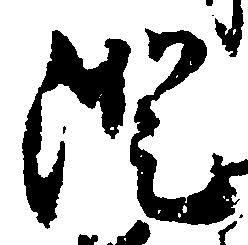
澄